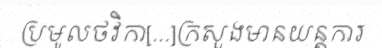
ប្រមូលថវិកា[...]ក្រសួងមានយន្តការ